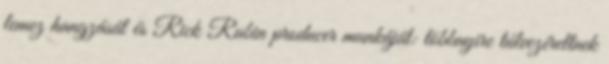
lemez hangzását és Rick Rubin producer munkáját: többnyire túlvezéreltnek